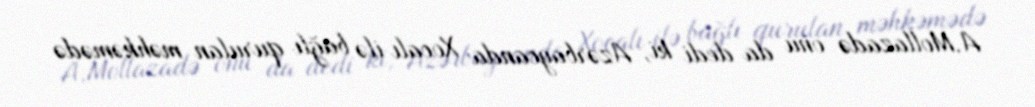
A.Mollazadə onu da dedi ki, Azərbaycanda Xocalı ilə bağlı qurulan məhkəmədə